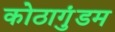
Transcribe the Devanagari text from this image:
कोठागुंडम